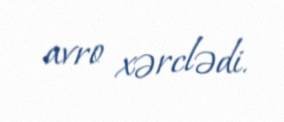
avro xərclədi.